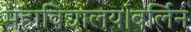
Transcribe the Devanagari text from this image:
महाविद्यालय।बर्लिन